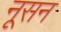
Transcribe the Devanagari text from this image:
नूसन